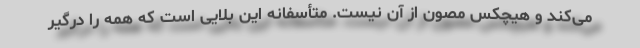
می‌کند و هیچکس مصون از آن نیست. متأسفانه این بلایی است که همه را درگیر